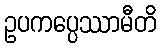
ဥပကပ္ပေဿာမီတိ